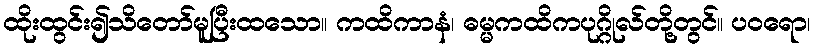
ထိုးထွင်း၍သိတော်မူပြီးထသော။ ကထိကာနံ၊ ဓမ္မကထိကပုဂ္ဂိုလ်တို့တွင်။ ပဝရော၊